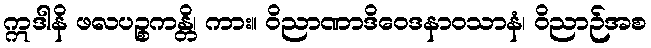
ဣဒါနိ ဖလပဉ္စကန္တိ၊ ကား။ ဝိညာဏာဒိဝေဒနာဝသာနံ၊ ဝိညာဉ်အစ